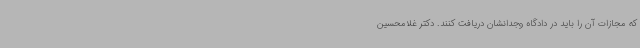
که مجازات آن را باید در دادگاه وجدانشان دریافت کنند. دکتر غلامحسین